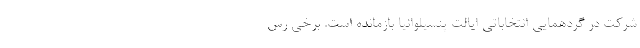
شرکت در گردهمایی انتخاباتی ایالت پنسیلوانیا بازمانده است. برخی رس